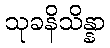
သုခနိသိန္နာ